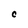
Character: 0